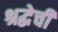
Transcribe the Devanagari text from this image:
श्रद्धेची